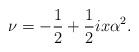
LaTeX: \begin{align*} \nu=-\frac{1}{2}+\frac{1}{2}ix\alpha^2.\end{align*}